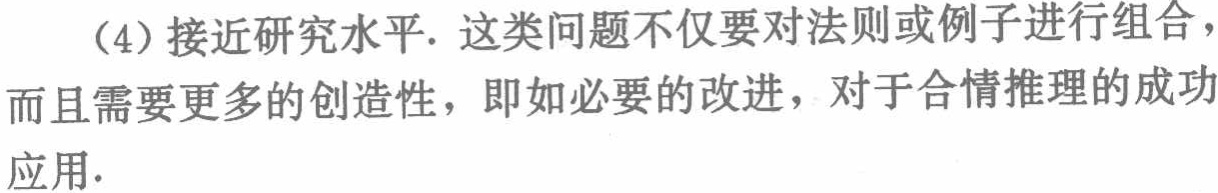
（4）接近研究水平. 这类问题不仅要对法则或例子进行组合，而且需要更多的创造性，即如必要的改进，对于合情推理的成功应用.